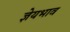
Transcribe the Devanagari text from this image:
ज्ञेयभाव